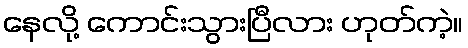
နေလို့ ကောင်းသွားပြီလား ဟုတ်ကဲ့။